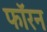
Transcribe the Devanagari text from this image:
फॉरन